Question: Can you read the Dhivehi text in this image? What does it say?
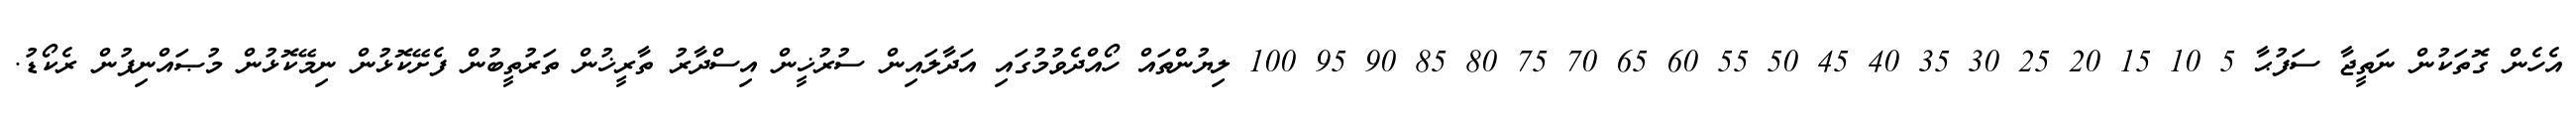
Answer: އެހެން ގޮތަކުން ނަތީޖާ ސަފުޙާ 5 10 15 20 25 30 35 40 45 50 55 60 65 70 75 80 85 90 95 100 ލިޔުންތައް ހޯއްދެވުމުގައި އަދާލައިން ސުރުޚީން އިސްދާރު ތާރީޚުން ތަރުތީބުން ފެށޭކޮޅުން ނިމޭކޮޅުން މުޞައްނިފުން ރެކޯޑު.